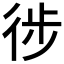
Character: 徏